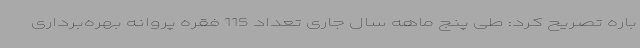
باره تصریح کرد: طی پنج ماهه سال جاری تعداد 115 فقره پروانه بهره‌برداری